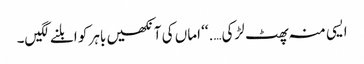
ایسی منہ پھٹ لڑکی….‘‘ اماں کی آنکھیں باہر کو ابلنے لگیں۔